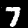
Label: 7